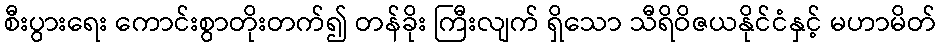
စီးပွားရေး ကောင်းစွာတိုးတက်၍ တန်ခိုး ကြီးလျက် ရှိသော သီရိဝိဇယနိုင်ငံနှင့် မဟာမိတ်